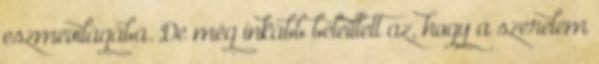
eszmevilágába. De még inkább beleillett az, hogy a szerelem